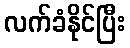
လက်ခံနိုင်ပြီး